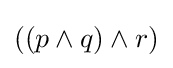
((p\land q)\land r)